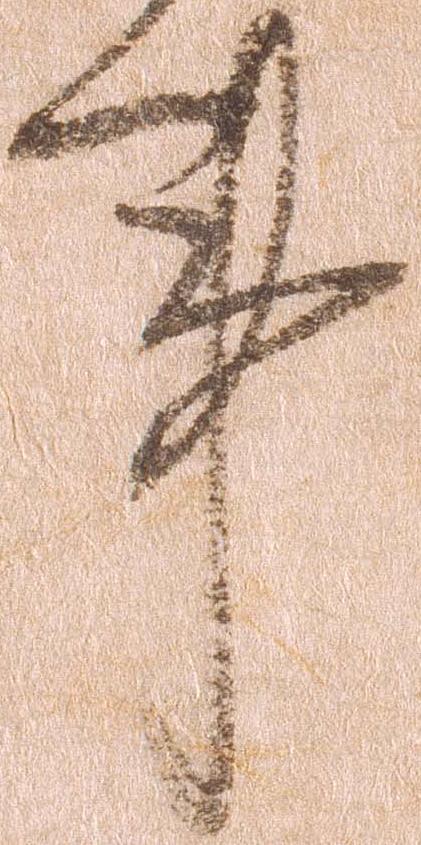
事